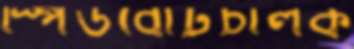
স্পিডবোটচালক